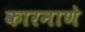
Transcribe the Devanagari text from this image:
कारनाणे